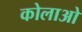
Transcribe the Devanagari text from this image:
कोलाओ